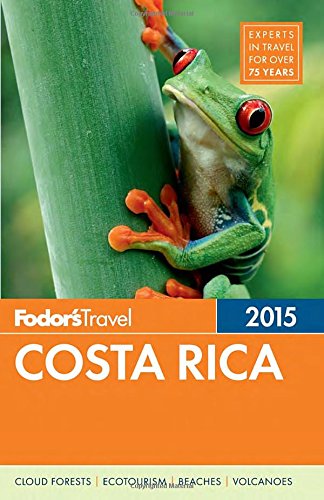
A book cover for Fodor's Costa Rica 2015 (Full-color Travel Guide); Fodor's; Travel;